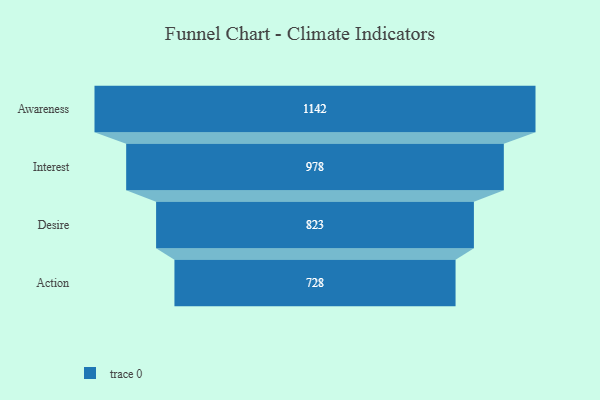
{"axis": {"x": "Stage", "y": "Value"}, "legend": [""], "data": [{"x": "Awareness", "y": 1142.0, "type": ""}, {"x": "Interest", "y": 978.0, "type": ""}, {"x": "Desire", "y": 823.0, "type": ""}, {"x": "Action", "y": 728.0, "type": ""}]}